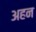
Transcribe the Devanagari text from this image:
अहन